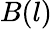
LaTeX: B(l)